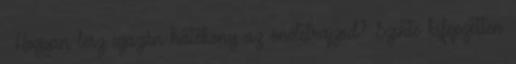
. Hogyan lesz igazán hatékony az önéletrajzod? Szinte kifejezetten